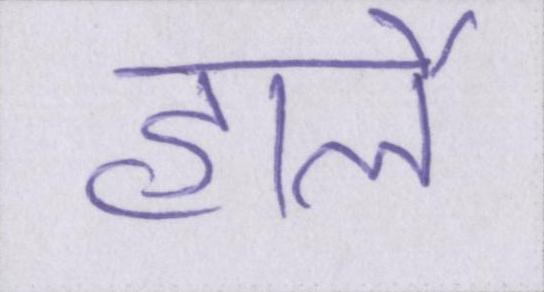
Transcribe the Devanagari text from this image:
हार्ले